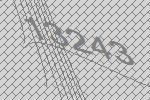
13243